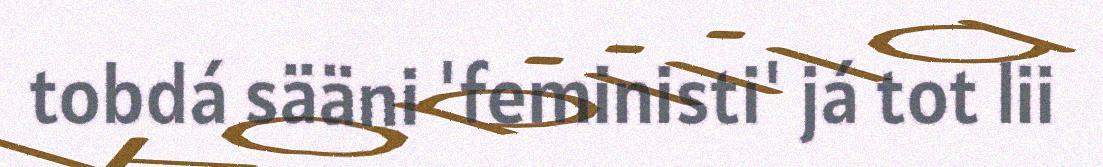
tobdá sääni 'feministi' já tot lii